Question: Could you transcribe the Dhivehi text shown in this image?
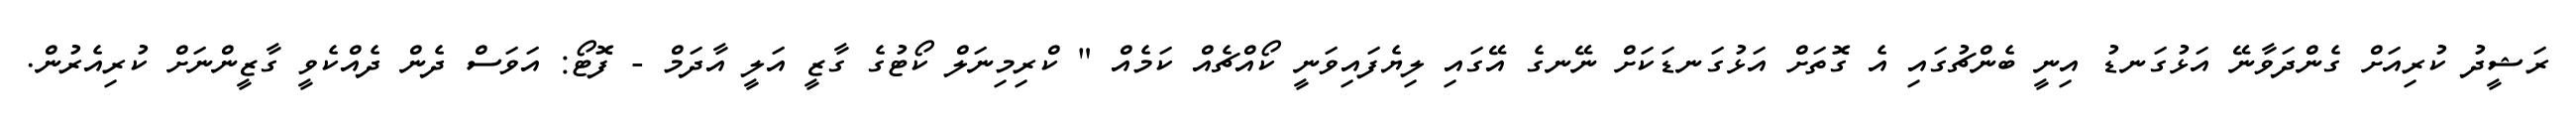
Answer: ރަޝީދު ކުރިއަށް ގެންދަވާނޭ އަޅުގަނޑު އިނީ ބެންޗުގައި އެ ގޮތަށް އަޅުގަނޑަކަށް ނޭނގެ އޭގައި ލިޔެފައިވަނީ ކޯއްޗެއް ކަމެއް " ކްރިމިނަލް ކޯޓުގެ ގާޒީ އަލީ އާދަމް - ފޮޓޯ: އަވަސް ދެން ދެއްކެވީ ގާޒީންނަށް ކުރިއެރުން.